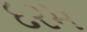
દરમ